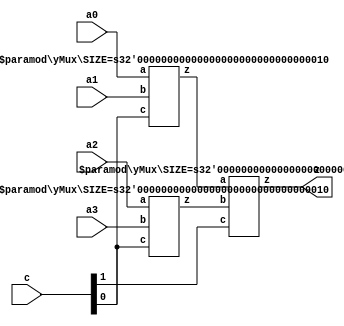
module yMux4to1(z, a0,a1,a2,a3, c); 
parameter SIZE = 2; 
output [SIZE-1:0] z; 
input [SIZE-1:0] a0, a1, a2, a3; 
input [1:0] c; 
wire [SIZE-1:0] zLo, zHi; 

yMux #(SIZE) lo(zLo, a0, a1, c[0]); 
yMux #(SIZE) hi(zHi, a2, a3, c[0]); 
yMux #(SIZE) final(z, zLo, zHi, c[1]); 

endmodule 


/////////////////////////////////////////////////////

module yMux1(z, a, b, c); 
output z; 
input a, b, c; 
wire notC, upper, lower; 

not my_not(notC, c); 
and upperAnd(upper, a, notC); 
and lowerAnd(lower, c, b); 
or my_or(z, upper, lower); 

endmodule 



///////////////////////////////////////////////////////

module yMux(z, a, b, c); 
parameter SIZE = 2; 
output [SIZE-1:0] z; 
input [SIZE-1:0] a, b; 
input c; 
yMux1 mine[SIZE-1:0](z, a, b, c); 
endmodule 

/////////////////////////////////////////////////
module xnorAdder(z, cout, a, b, cin); 
output [3:0] z; 
output cout; 
input [3:0] a, b; 
input cin; 
wire[3:0] in, out,notBB;
 
not asd[3:0](notBB,b);
yAdder1 mine[3:0](z, out, a, notBB, in); 


endmodule

///////////////////////////////////////////////////
module yAdder(z, cout, a, b, cin); 
output [3:0] z; 
output cout; 
input [3:0] a, b; 
input cin; 
wire[3:0] in, out; 

yAdder1 mine[3:0](z, out, a, b, in); 
assign in[0] = cin; 
assign in[3:1] = out[3:0]; 


endmodule


/////////////////////////////////////////////////

module yAdder1(z, cout, a, b, cin); 
output z, cout; 
input a, b, cin; 

xor left_xor(tmp, a, b); 
xor right_xor(z, cin, tmp); 
and left_and(outL, a, b); 
and right_and(outR, tmp, cin); 
or my_or(cout, outR, outL); 

endmodule 


////////////////////////////////////////////////////////////////////////
module yArith(z, cout, a, b, ctrl); 
// add if ctrl=0, subtract if ctrl=1
output [3:0] z; 
output cout; 
input [3:0] a, b; 
input ctrl; 
wire[3:0] notB, tmp; 
wire cin; 
// instantiate the components and connect them 
// Hint: about 4 lines of code 
xor nott[3:0](notB,ctrl,b);
assign cin =ctrl;
yAdder y(z, cout, a, notB, cin); 

endmodule 

///////////////////////////////////////////////////////////////////////////
module ALU4( Z, A, B, ctl);
output [3:0] Z;
input  [3:0] A, B;
input [2:0] ctl ;
wire cout,temp,zero;
// XNOR (exclussive NOR, in other words the complement of XOR) respectively.
wire [3:0] arith, andd, orr, xor_z, xnorr;
assign zero=0;
yArith my_arith(arith,cout,A,B,ctl[2]);	
and  my_and[3:0](andd, A, B);
or my_or[3:0](orr, A, B);
xnorAdder my_xor[3:0](xor_z,temp, A, B,zero);
yMux4to1 #(.SIZE(4)) my_mux(Z,arith,andd,orr,xnorr,ctl[1:0]);
endmodule

/////////////////////////////////////////////////////////////////////
module t_ALU;
reg [3:0] A, B, expect;
reg [2:0] ctl;
reg flag;
wire [3:0] Z;
integer i;
ALU4 my_alu(Z, A, B, ctl);

initial 
begin
	for(i=0;i<10;i=i+1)
	begin
	A=$random;
	B=$random;
	//flag = $value$plusargs("ctl=%b", ctl);
	
	
	ctl =3'b000; //add
		expect = A + B;
	#5	if (expect != Z)
		$display ("FAIL: TIME=%5d A=%b B=%b Z=%b ctL=%b", $time, A, B, Z, ctl);
		else 
		$display ("PASS: TIME=%5d A=%b B=%b Z=%b ctL=%b", $time, A, B, Z, ctl);
	
	ctl = 3'b001; //and
		expect = A & B;
	#5	if (expect != Z)
		$display ("FAIL: TIME=%5d A=%b B=%b Z=%b ctL=%b", $time, A, B, Z, ctl);
	else 
		$display ("PASS: TIME=%5d A=%b B=%b Z=%b ctL=%b", $time, A, B, Z, ctl);
		
	ctl = 3'b010; //or
		expect = A | B;
	#5	if (expect != Z)
		$display ("FAIL: TIME=%5d A=%b B=%b Z=%b ctL=%b", $time, A, B, Z, ctl);
	else 
		$display ("PASS: TIME=%5d A=%b B=%b Z=%b ctL=%b", $time, A, B, Z, ctl);
	
	ctl = 3'b100; //sub
		expect = A - B;
	#5	if (expect != Z)
		$display ("FAIL: TIME=%5d A=%b B=%b Z=%b ctL=%b", $time, A, B, Z, ctl);
	else 
		$display ("PASS: TIME=%5d A=%b B=%b Z=%b ctL=%b", $time, A, B, Z, ctl);
		
	ctl = 3'b111; //111
		expect = ~(A^B);
	#5	if (expect != Z)
		$display ("FAIL: TIME=%5d A=%b B=%b Z=%b ctL=%b", $time, A, B, Z, ctl);
	else 
		$display ("PASS: TIME=%5d A=%b B=%b Z=%b ctL=%b", $time, A, B, Z, ctl);

	$display ("");
	end



end
endmodule
//////////////////////////////////////////////////////////////////////////////